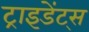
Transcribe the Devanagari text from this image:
ट्राइडेंट्स